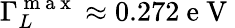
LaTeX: \Gamma_{L}^{\mathrm{~m~a~x~}}\approx 0.272\mathrm{~e~V~}